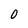
Character: 0